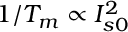
1 / T _ { m } \propto I _ { s 0 } ^ { 2 }